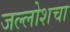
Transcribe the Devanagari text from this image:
जल्लोशचा